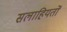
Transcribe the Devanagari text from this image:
सलाहियतों